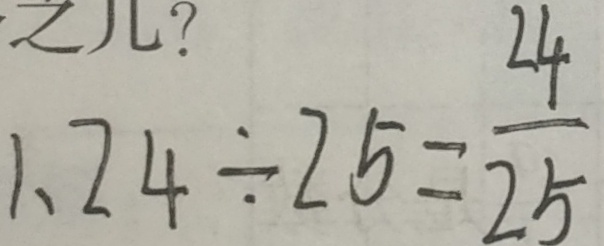
1 . 2 4 \div 2 5 = \frac { 2 4 } { 2 5 }